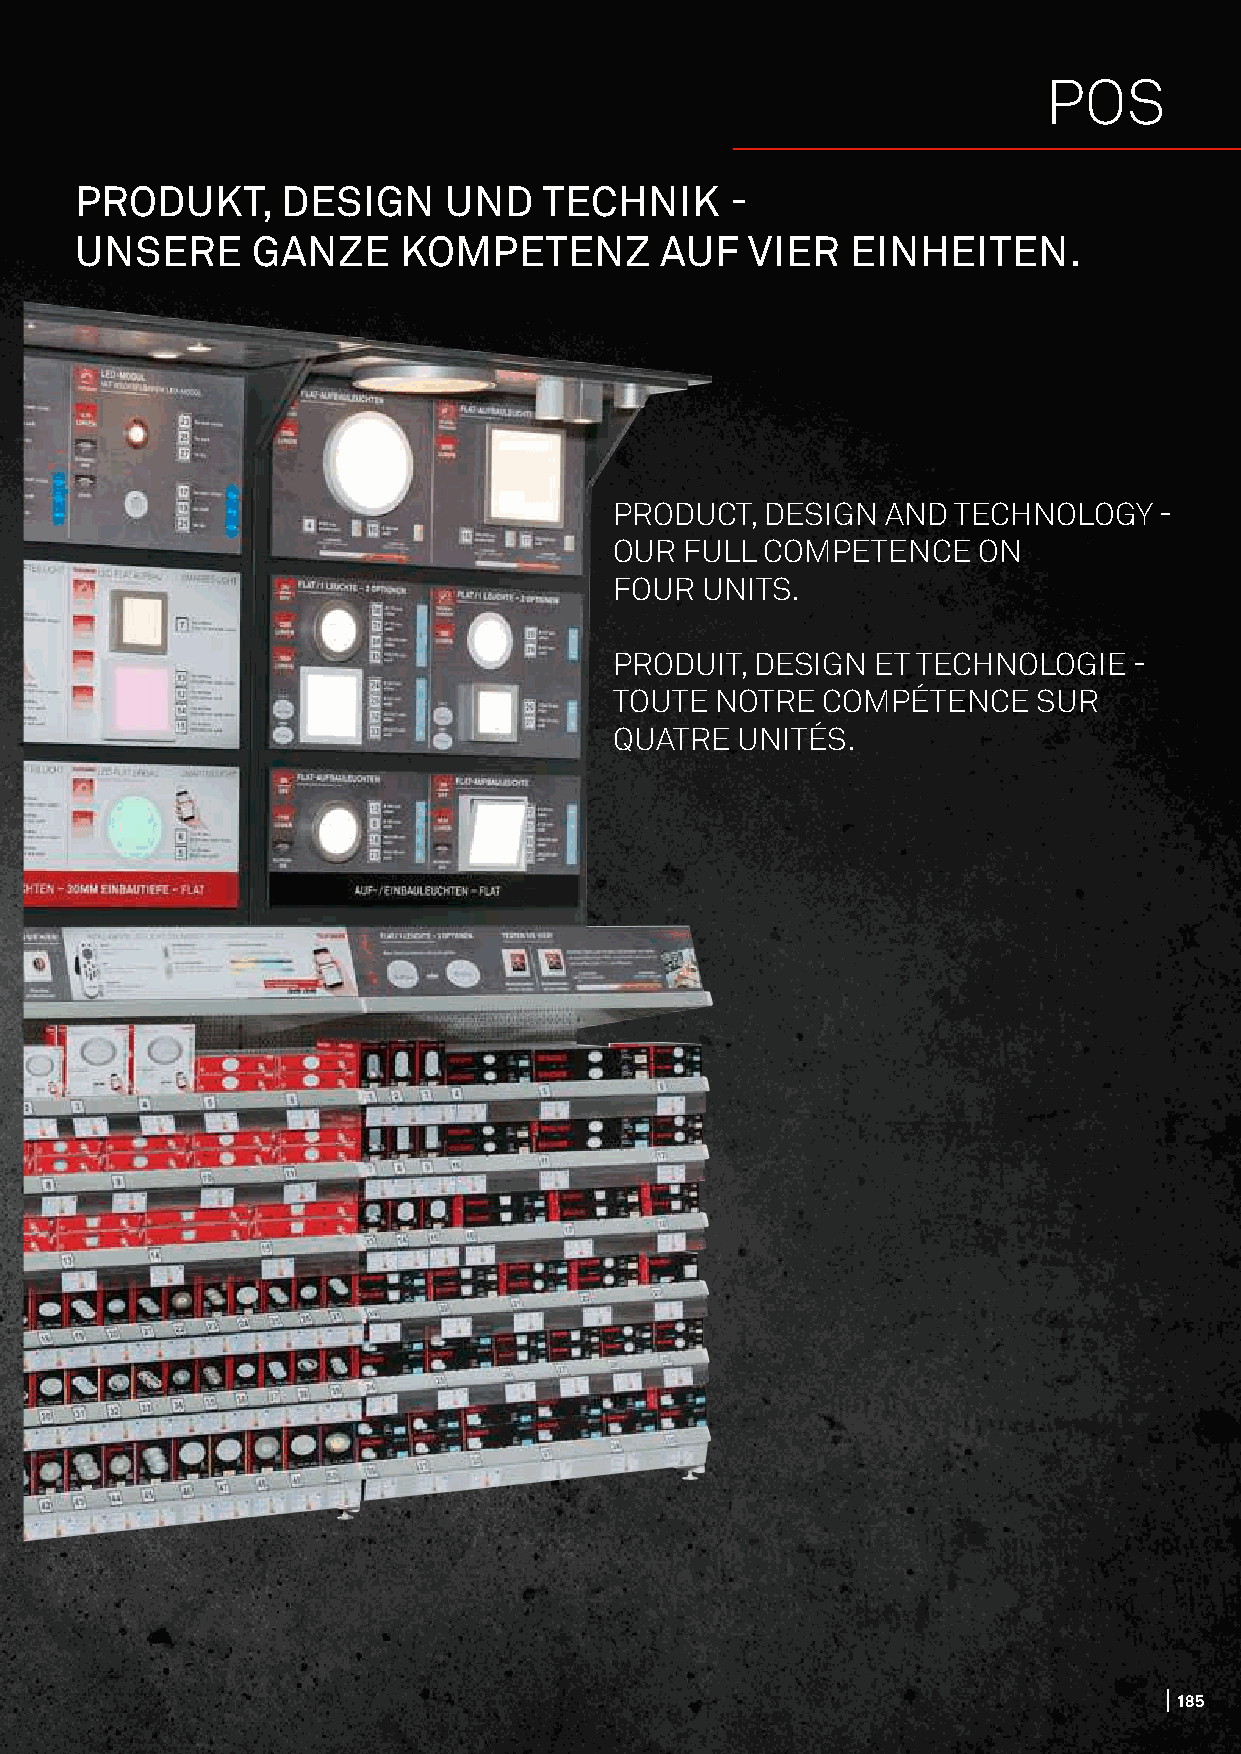
POS
 PRODUKT,      DESIGN     UND   TECHNIK     -
 UNSERE      GANZE    KOMPETENZ         AUF   VIER  EINHEITEN.
 PRODUCT,  DESIGN  AND TECHNOLOGY    -
 OUR FULL  COMPETENCE    ON
 FOUR UNITS.
 PRODUIT, DESIGN  ET TECHNOLOGIE   -
 TOUTE NOTRE  COMPÉTENCE     SUR
 QUATRE  UNITÉS.
 185